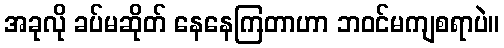
အခုလို ခပ်မဆိုတ် နေနေကြတာဟာ ဘဝင်မကျစရာပဲ။